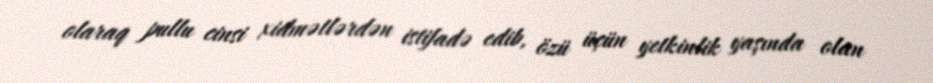
olaraq pullu cinsi xidmətlərdən istifadə edib, özü üçün yetkinlik yaşında olan